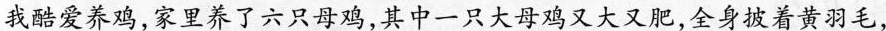
我酷爱养鸡，家里养了六只母鸡，其中一只大母鸡又大又肥，全身披着黄羽毛，